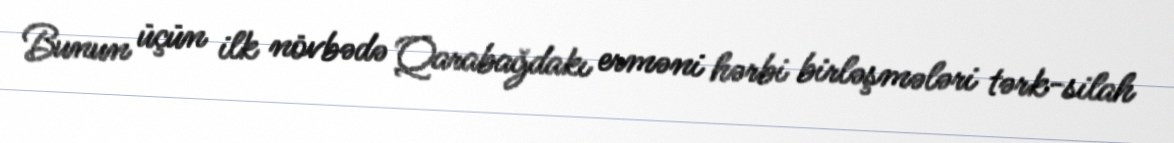
Bunun üçün ilk növbədə Qarabağdakı erməni hərbi birləşmələri tərk-silah